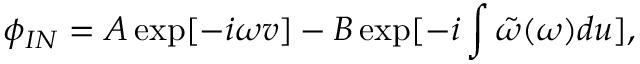
\phi _ { I N } = A \exp [ - i \omega v ] - B \exp [ - i \int \tilde { \omega } ( \omega ) d u ] ,